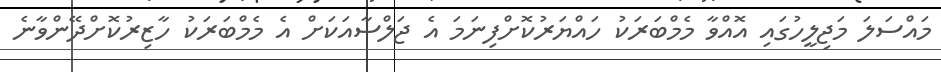
މައްސަލަ މަޖިލީހުގައި އޮއްވާ މެމްބަރަކު ހައްޔަރުކޮށްފިނަމަ އެ ޖަލްސާއަކަށް އެ މެމްބަރަކު ހާޒިރުކޮށްދޭންވާނެ